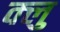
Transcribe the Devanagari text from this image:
क्लु